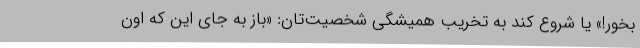
بخور!» یا شروع کند به تخریب همیشگی شخصیت‌تان: «باز به جای این که اون